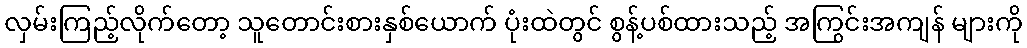
လှမ်းကြည့်လိုက်တော့ သူတောင်းစားနှစ်ယောက် ပုံးထဲတွင် စွန့်ပစ်ထားသည့် အကြွင်းအကျန် များကို